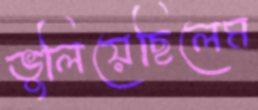
ভুলিয়েছিলেম